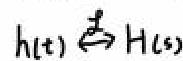
$h(t)\stackrel{\mathcal{L}}{\rightleftarrows}H(s)$